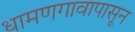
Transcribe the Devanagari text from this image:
धामणगावापासून